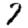
Digit: 7